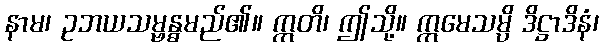
နာမ၊ ဥဘယသမ္ဗန္ဓမည်၏။ ဣတိ၊ ဤသို့။ ဣမေသမ္ပိ ဒိဋ္ဌာဒိနံ၊